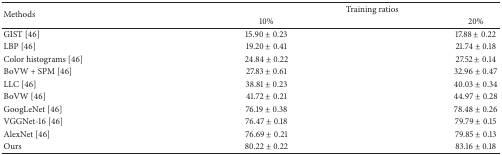
<table><thead><tr><td rowspan="2"><b>Methods</b></td><td colspan="2"><b>Training ratios</b></td></tr><tr><td><b>10%</b></td><td><b>20%</b></td></tr></thead><tbody><tr><td>GIST [46]</td><td>15.90 ± 0.23</td><td>17.88 ± 0.22</td></tr><tr><td>LBP [46]</td><td>19.20 ± 0.41</td><td>21.74 ± 0.18</td></tr><tr><td>Color histograms [46]</td><td>24.84 ± 0.22</td><td>27.52 ± 0.14</td></tr><tr><td>BoVW + SPM [46]</td><td>27.83 ± 0.61</td><td>32.96 ± 0.47</td></tr><tr><td>LLC [46]</td><td>38.81 ± 0.23</td><td>40.03 ± 0.34</td></tr><tr><td>BoVW [46]</td><td>41.72 ± 0.21</td><td>44.97 ± 0.28</td></tr><tr><td>GoogLeNet [46]</td><td>76.19 ± 0.38</td><td>78.48 ± 0.26</td></tr><tr><td>VGGNet-16 [46]</td><td>76.47 ± 0.18</td><td>79.79 ± 0.15</td></tr><tr><td>AlexNet [46]</td><td>76.69 ± 0.21</td><td>79.85 ± 0.13</td></tr><tr><td>Ours</td><td>80.22 ± 0.22</td><td>83.16 ± 0.18</td></tr></tbody></table>